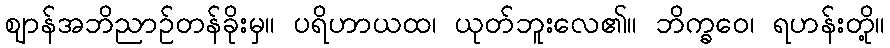
ဈာန်အဘိညာဉ်တန်ခိုးမှ။ ပရိဟာယထ၊ ယုတ်ဘူးလေ၏။ ဘိက္ခဝေ၊ ရဟန်းတို့။